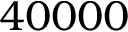
4 0 0 0 0